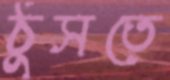
ঠুসতে